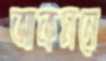
আক্রমনে